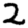
Digit: 2